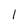
Character: I